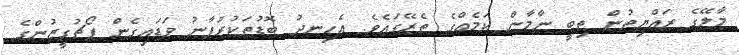
މާލޭގެ ރައްޔިތުން ތިބީ ނާމާން ކަމެއްގެ ތެރޭގައެވެ. އެހިނދު ބޮޑުތަކުރުފާނު ވަޑައިގެން ޕޯޗުގީޒުންގެ